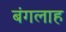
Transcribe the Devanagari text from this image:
बंगलाह